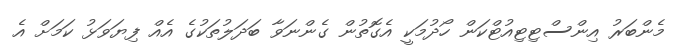
މެންބަރު އިންސްޓިޓިއުޓްކަން ހޯދުމަކީ އެގޮތުން ގެންނަވާ ބަދަލުތަކުގެ އެއް ފިޔަވަޅު ކަމަށް އެ